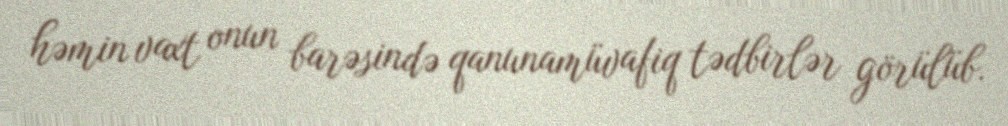
həmin vaxt onun barəsində qanunamüvafiq tədbirlər görülüb.